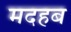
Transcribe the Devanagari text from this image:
मदहब